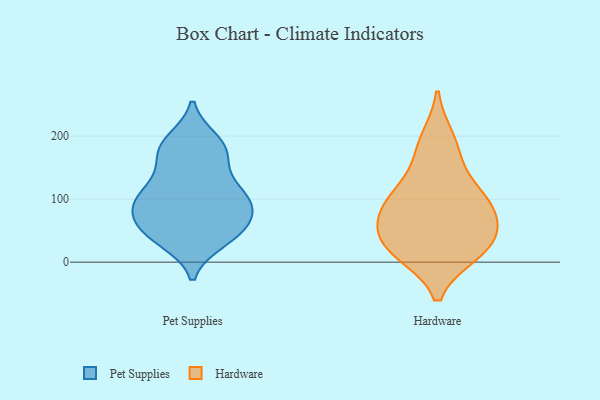
{"axis": {"x": "Headcount", "y": "Value"}, "legend": ["Hardware", "Pet Supplies"], "data": [{"x": "", "y": 177, "type": "Pet Supplies"}, {"x": "", "y": 75, "type": "Pet Supplies"}, {"x": "", "y": 163, "type": "Pet Supplies"}, {"x": "", "y": 106, "type": "Pet Supplies"}, {"x": "", "y": 34, "type": "Pet Supplies"}, {"x": "", "y": 73, "type": "Pet Supplies"}, {"x": "", "y": 109, "type": "Pet Supplies"}, {"x": "", "y": 43, "type": "Pet Supplies"}, {"x": "", "y": 103, "type": "Pet Supplies"}, {"x": "", "y": 193, "type": "Pet Supplies"}, {"x": "", "y": 41, "type": "Pet Supplies"}, {"x": "", "y": 186, "type": "Pet Supplies"}, {"x": "", "y": 58, "type": "Pet Supplies"}, {"x": "", "y": 184, "type": "Pet Supplies"}, {"x": "", "y": 110, "type": "Pet Supplies"}, {"x": "", "y": 39, "type": "Pet Supplies"}, {"x": "", "y": 73, "type": "Pet Supplies"}, {"x": "", "y": 144, "type": "Pet Supplies"}, {"x": "", "y": 106, "type": "Pet Supplies"}, {"x": "", "y": 84, "type": "Pet Supplies"}, {"x": "", "y": 171, "type": "Hardware"}, {"x": "", "y": 58, "type": "Hardware"}, {"x": "", "y": 195, "type": "Hardware"}, {"x": "", "y": 15, "type": "Hardware"}, {"x": "", "y": 101, "type": "Hardware"}, {"x": "", "y": 20, "type": "Hardware"}, {"x": "", "y": 70, "type": "Hardware"}, {"x": "", "y": 21, "type": "Hardware"}, {"x": "", "y": 72, "type": "Hardware"}, {"x": "", "y": 31, "type": "Hardware"}, {"x": "", "y": 114, "type": "Hardware"}, {"x": "", "y": 103, "type": "Hardware"}]}